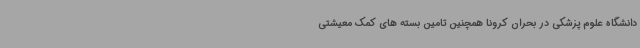
دانشگاه علوم پزشکی در بحران کرونا همچنین تامین بسته های کمک معیشتی